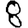
Digit: 8